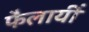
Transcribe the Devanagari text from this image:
फैलायीं